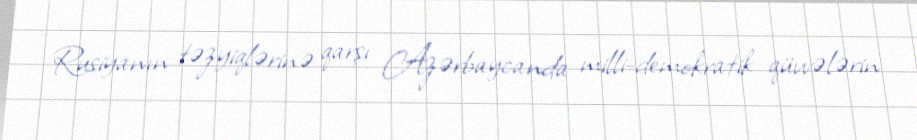
Rusiyanın təzyiqlərinə qarşı Azərbaycanda milli-demokratik qüvvələrin